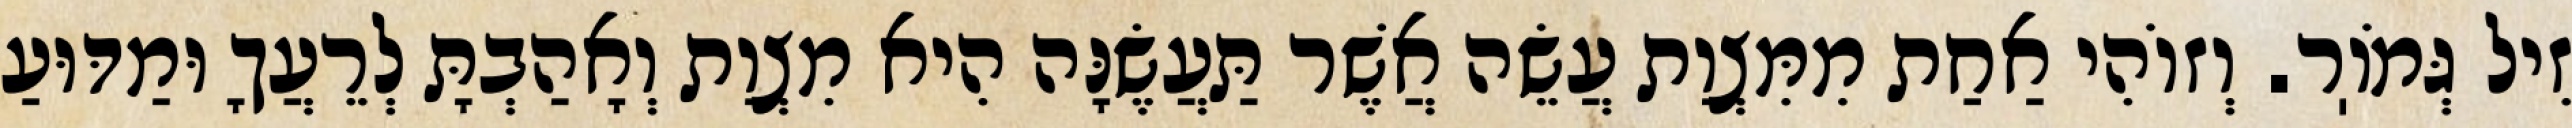
זִיל גְּמֹוֽר. וְזוֹהִי אַחַת מִמִּצְוַת עֲשֵׂה אֲשֶׁר תַּעֲשֶׂנָּה הִיא מִצְוַת וְאָהַבְתָּ לְרֵעֲךָ וּמַדּוּעַ